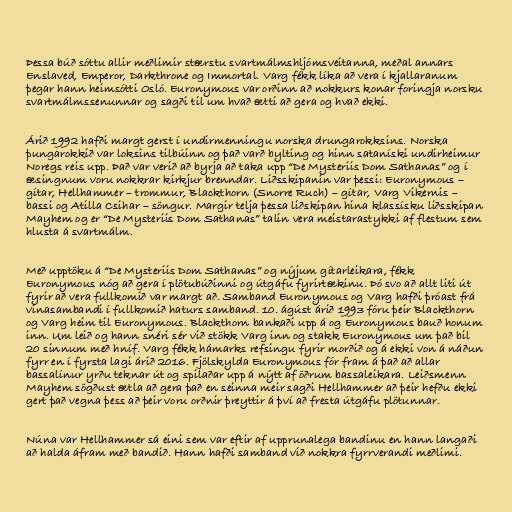
Þessa búð sóttu allir meðlimir stærstu svartmálmshljómsveitanna, meðal annars
Enslaved, Emperor, Darkthrone og Immortal. Varg fékk líka að vera í kjallaranum
þegar hann heimsótti Osló. Euronymous var orðinn að nokkurs konar foringja norsku
svartmálmssenunnar og sagði til um hvað ætti að gera og hvað ekki.

Árið 1992 hafði margt gerst í undirmenningu norska drungarokksins. Norska
þungarokkið var loksins tilbúinn og það varð bylting og hinn sataníski undirheimur
Noregs reis upp. Það var verið að byrja að taka upp “De Mysteriis Dom Sathanas” og í
æsingnum voru nokkrar kirkjur brenndar. Liðsskipanin var þessi: Euronymous –
gítar, Hellhammer – trommur, Blackthorn (Snorre Ruch) – gítar, Varg Vikernis –
bassi og Atilla Csihar – söngur. Margir telja þessa liðskipan hina klassísku liðsskipan
Mayhem og er “De Mysteriis Dom Sathanas” talin vera meistarastykki af flestum sem
hlusta á svartmálm.

Með upptöku á “De Mysteriis Dom Sathanas” og nýjum gítarleikara, fékk
Euronymous nóg að gera í plötubúðinni og útgáfu fyrirtækinu. Þó svo að allt liti út
fyrir að vera fullkomið var margt að. Samband Euronymous og Varg hafði þróast frá
vinasambandi í fullkomið haturs samband. 10. ágúst árið 1993 fóru þeir Blackthorn
og Varg heim til Euronymous. Blackthorn bankaði upp á og Euronymous bauð honum
inn. Um leið og hann snéri sér við stökk Varg inn og stakk Euronymous um það bil
20 sinnum með hníf. Varg fékk hámarks refsingu fyrir morðið og á ekki von á náðun
fyrr en í fyrsta lagi árið 2016. Fjölskylda Euronymous fór fram á það að allar
bassalínur yrðu teknar út og spilaðar upp á nýtt af öðrum bassaleikara. Leiðsmenn
Mayhem sögðust ætla að gera það en seinna meir sagði Hellhammer að þeir hefðu ekki
gert það vegna þess að þeir voru orðnir þreyttir á því að fresta útgáfu plötunnar.

Núna var Hellhammer sá eini sem var eftir af upprunalega bandinu en hann langaði
að halda áfram með bandið. Hann hafði samband við nokkra fyrrverandi meðlimi.